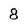
Character: 8